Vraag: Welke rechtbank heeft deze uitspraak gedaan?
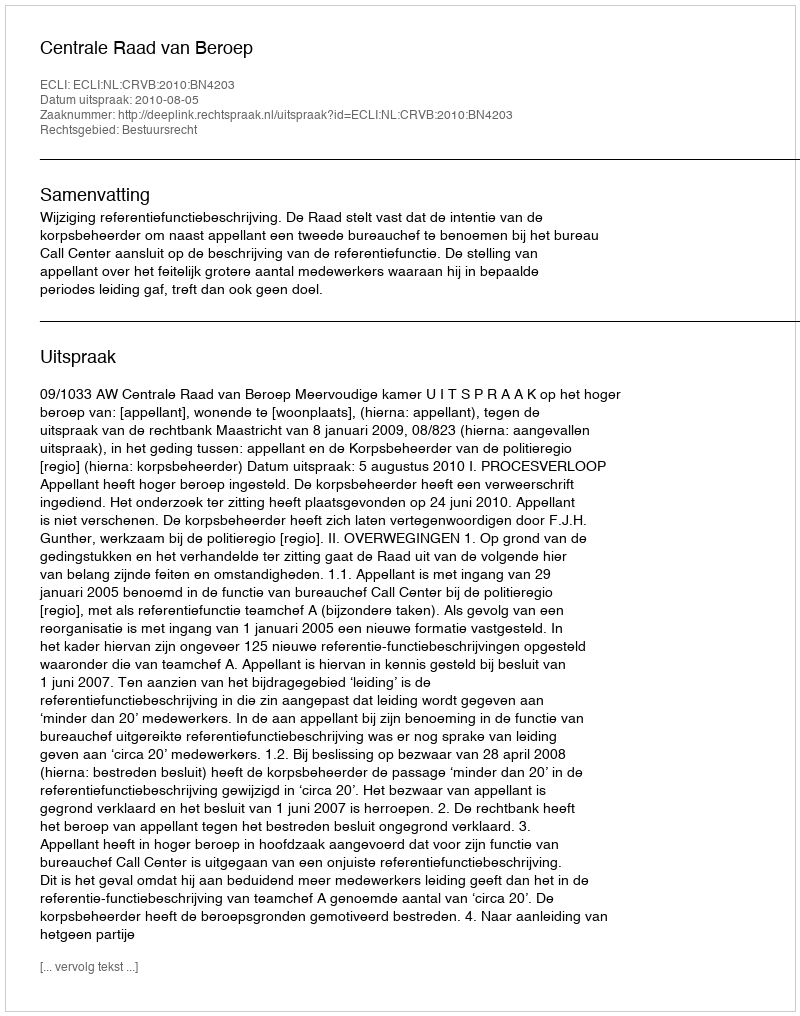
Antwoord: Centrale Raad van Beroep